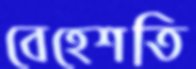
বেহেশতি